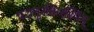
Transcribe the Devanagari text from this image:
परानुरक्तिरस्मिन्‌